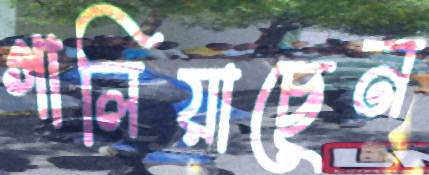
গালিয়াছেন